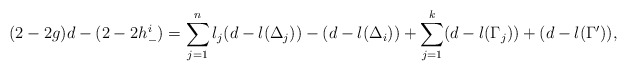
\begin{align*}(2-2g)d-(2-2h^i_-)=\sum_{j=1}^{n}l_j(d-l(\Delta_j))-(d-l(\Delta_i))+\sum_{j=1}^{k}(d-l(\Gamma_j))+(d-l(\Gamma^{\prime})),\end{align*}